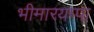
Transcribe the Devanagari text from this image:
भीमारयप्पा